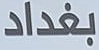
بغداد